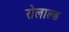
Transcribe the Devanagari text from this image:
रोलाल्ड